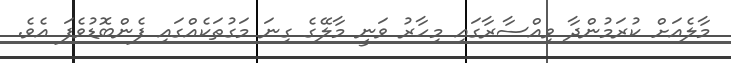
މާލެއަށް ކުރަމުންދާ ވިއްސާރާގައި މިހާރު ވަނީ މާލޭގެ ގިނަ މަގުތަކެއްގައި ފެންބޮޑުވެފަ އެވެ.